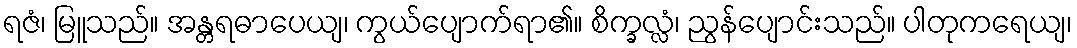
ရဇံ၊ မြူသည်။ အန္တရဓာပေယျ၊ ကွယ်ပျောက်ရာ၏။ စိက္ခလ္လံ၊ ညွန်ပျောင်းသည်။ ပါတုကရေယျ၊